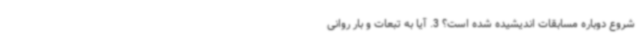
شروع دوباره مسابقات اندیشیده‌ شده است؟ 3. آیا به تبعات و بار روانی